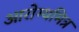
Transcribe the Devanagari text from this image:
आरोग्यमित्र